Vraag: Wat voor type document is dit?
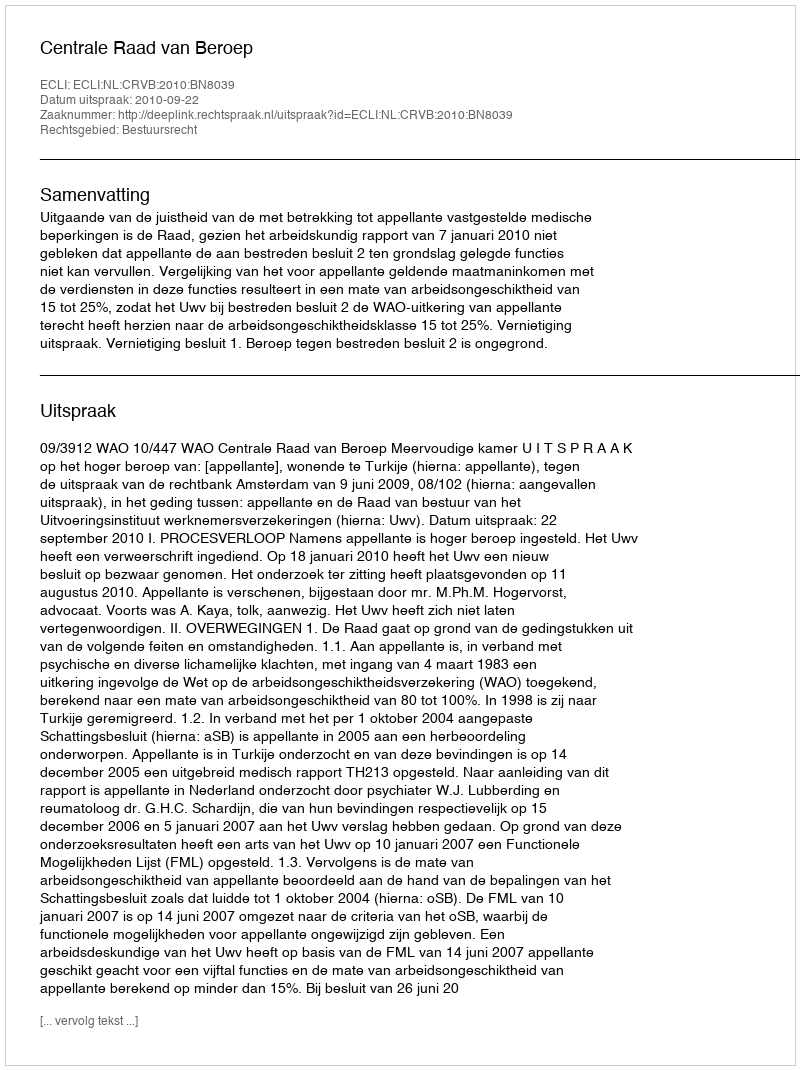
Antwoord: Uitspraak